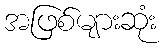
အဖြစ်များဆုံး